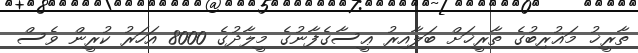
ތާރީޚު މަޣުރިބުގެ ތާރީޚަށް ބަލާއިރު ޢީސާގެފާނުގެ މީލާދުގެ 8000 އަހަރު ކުރީން ވެސް